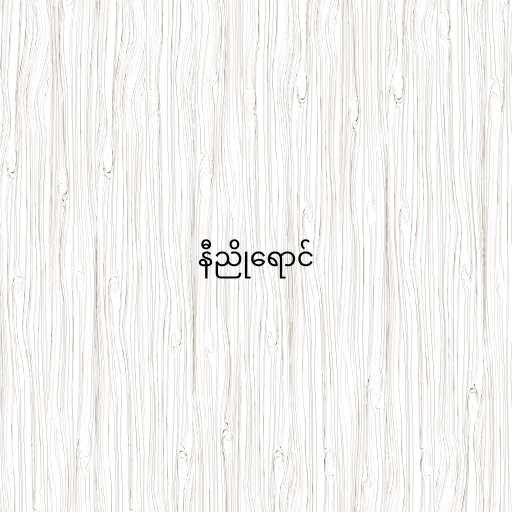
နီညိုရောင်